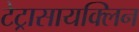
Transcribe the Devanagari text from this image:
टेट्रासायक्लिन